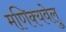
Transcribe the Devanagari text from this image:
मणिक्यवेलु